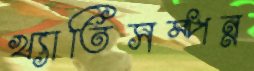
খ্যাতিসম্পন্ন